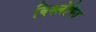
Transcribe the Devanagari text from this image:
विश्‍लेषित